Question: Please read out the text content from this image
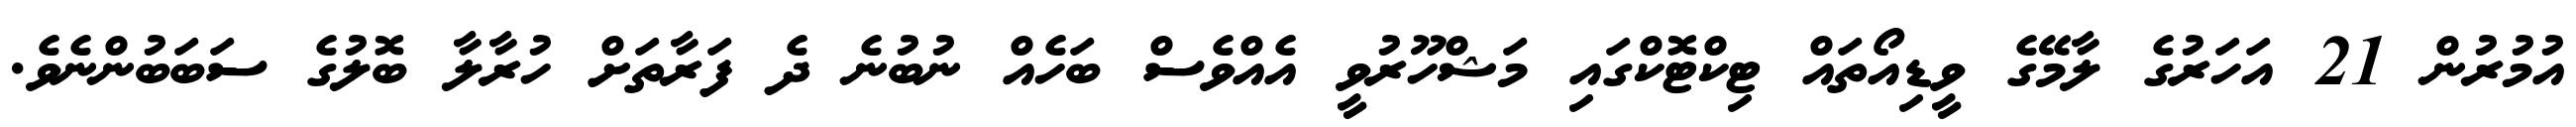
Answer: އުމުރުން 21 އަހަރުގެ ލާމޭގެ ވީޑިއޯތައް ޓިކްޓޮކްގައި މަޝްހޫރުވީ އެއްވެސް ބަހެއް ނުބުނެ ދެ ފަރާތަށް ހުރާލާ ބޮލުގެ ސަބަބުންނެވެ.